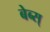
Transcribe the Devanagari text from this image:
बेब्स्